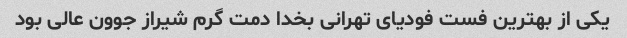
یکی از بهترین فست فودیای تهرانی بخدا دمت گرم شیراز جوون عالی بود